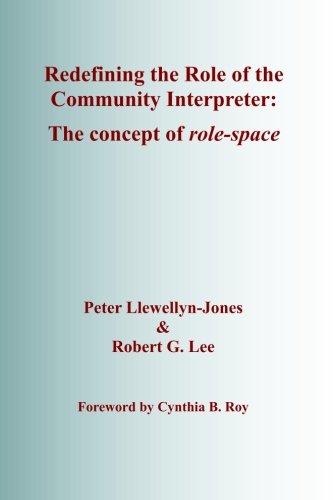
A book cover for Redefining the Role of the Community Interpreter: The Concept of Role-space; Peter Llewellyn-Jones; Reference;